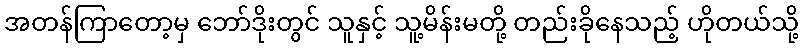
အတန်ကြာတော့မှ ဘော်ဒိုးတွင် သူနှင့် သူ့မိန်းမတို့ တည်းခိုနေသည့် ဟိုတယ်သို့